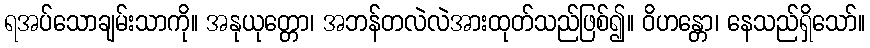
ရအပ်သောချမ်းသာကို။ အနုယုတ္တော၊ အဘန်တလဲလဲအားထုတ်သည်ဖြစ်၍။ ဝိဟန္တော၊ နေသည်ရှိသော်။